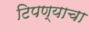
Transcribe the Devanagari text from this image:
टिपण्याचा